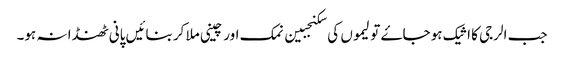
جب الرجی کا اثیک ہو جاۓ تو لیموں کی سکنجبین نمک اور چینی ملا کر بنائیں پانی ٹھنڈا نہ ہو۔